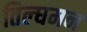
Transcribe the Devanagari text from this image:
तिल्घमन